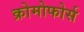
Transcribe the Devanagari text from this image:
क्रोमोफोर्स